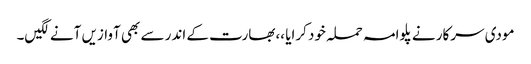
مودی سرکار نے پلوامہ حملہ خود کرایا ،،بھارت کے اندر سے بھی آوازیں آنے لگیں۔